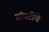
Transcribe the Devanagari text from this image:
प्रॉपर्टीचे